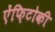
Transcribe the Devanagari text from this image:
ऐंफ़िटोकी